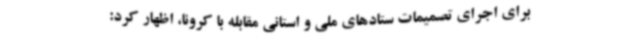
برای اجرای تصمیمات ستادهای ملی و استانی مقابله با کرونا، اظهار کرد: